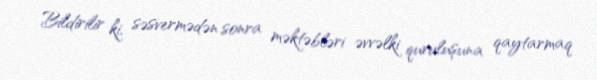
Bildirilir ki, səsvermədən sonra məktəbləri əvvəlki quruluşuna qaytarmaq